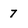
Character: 7